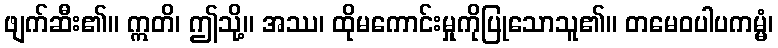
ဖျက်ဆီး၏။ ဣတိ၊ ဤသို့။ အဿ၊ ထိုမကောင်းမှုကိုပြုသောသူ၏။ တမေဝပါပကမ္မံ၊